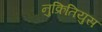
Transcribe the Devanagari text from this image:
नुक्रितियुस